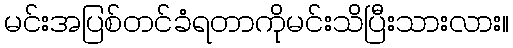
မင်းအပြစ်တင်ခံရတာကိုမင်းသိပြီးသားလား။